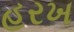
હરખ